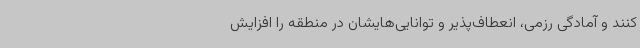
کنند و آمادگی رزمی، انعطاف‌پذیر و توانایی‌هایشان در منطقه را افزایش